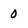
Character: 0